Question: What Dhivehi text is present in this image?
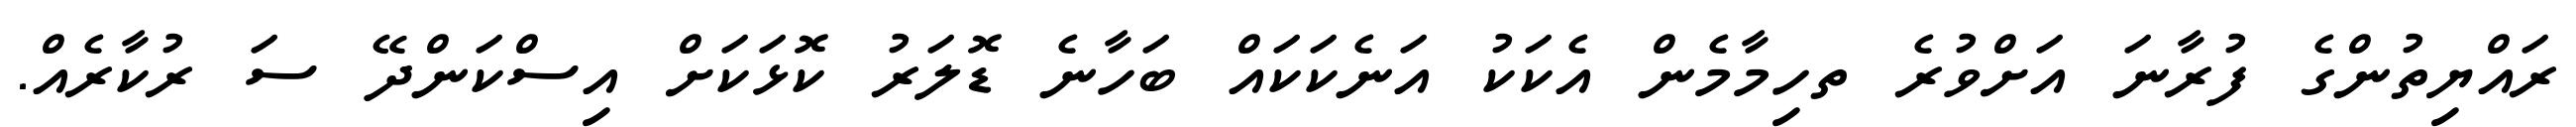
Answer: ރައްޔިތުންގެ ފުރާނަ އަށްވުރެ ތހިމާމެން އެކަކު އަނެކަކައް ބަހާނެ ޑޮލަރު ކޮޅަކަށް އިސްކަންދޭ ސަ ރުކާރެއް.